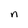
Character: n